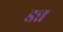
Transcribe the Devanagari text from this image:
डन्न